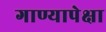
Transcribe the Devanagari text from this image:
गाण्यापेक्षा